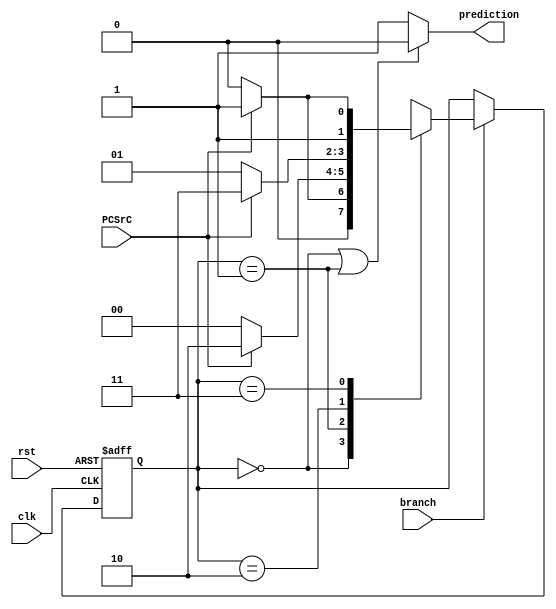
module branchpredictor(input clk, input rst, input branch, input PCSrC, output reg prediction);
reg [1:0] present_state, next_state;
parameter SNT = 2'b00, WNT = 2'b01, WT = 2'b10, ST = 2'b11;


always @(posedge clk or posedge rst)
    begin
        if(rst == 1)
            present_state <= SNT; // Initialized to SNT
        else if (branch)
            present_state <= next_state; 
        else 
            present_state <= present_state;
    end

always @(*)
    begin
        case(present_state)
            SNT: if(PCSrC)
                    next_state <= WNT;
                 else
                    next_state <= SNT;
            WNT: if(PCSrC)
                    next_state <= WT;
                 else
                    next_state <= SNT;
            WT: if(PCSrC)
                    next_state <= ST;
                 else
                    next_state <= WNT;
            ST: if(PCSrC)
                    next_state <= ST;
                 else
                    next_state <= WT;
            default next_state <= SNT;
        endcase
    end

always @(*)
    begin
        if((present_state == SNT) || (present_state == WNT))
            prediction = 0;
        else
            prediction = 1;
    end


endmodule